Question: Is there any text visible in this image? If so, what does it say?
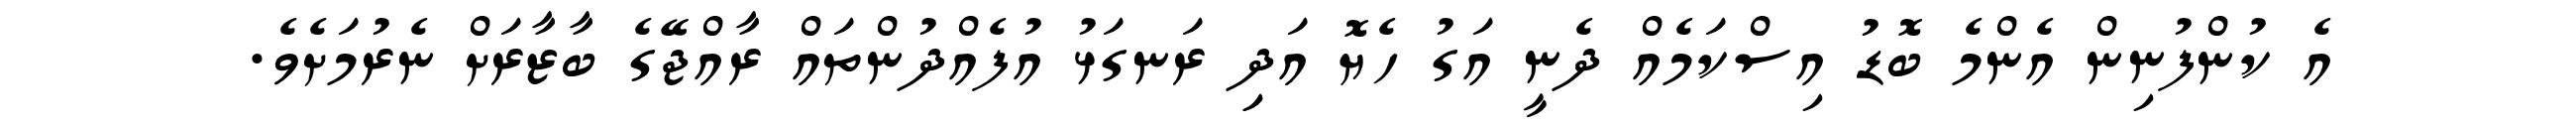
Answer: އެ ކުންފުނިން އެންމެ ބޮޑު އިސްކަމެއް ދެނީ އަގު ހެޔޮ އަދިި ރަނގަޅު އުފެއްދުންތައް ރާއްޖޭގެ ބާޒާރަށް ނެރުމަށެވެ.